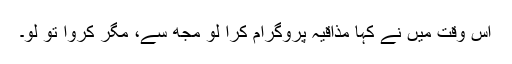
اس وقت میں نے کہا مذاقیہ پروگرام کرا لو مجھ سے، مگر کروا تو لو۔